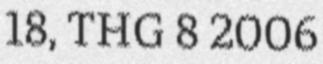
18, THG 8 2006